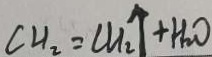
C H _ { 2 } = C H _ { 2 } \uparrow + H _ { 2 } O